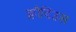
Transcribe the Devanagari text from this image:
क्लौदिंउस